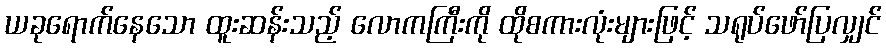
ယခုရောက်နေသော ထူးဆန်းသည့် လောကကြီးကို ထိုစကားလုံးများဖြင့် သရုပ်ဖော်ပြလျှင်